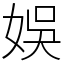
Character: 娛